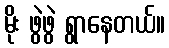
မိုး ဖွဲဖွဲ ရွာနေတယ်။